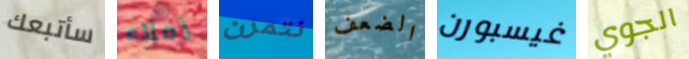
سأتبعك زملاء نتمرن الضعف غيسبورن الجوي